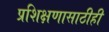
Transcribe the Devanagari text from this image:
प्रशिक्षणासाठीही